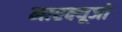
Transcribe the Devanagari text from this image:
मारक्यूजो